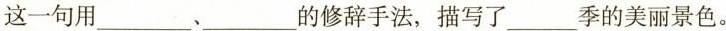
这一句用___，___的修辞手法，描写了___季的美丽景色。